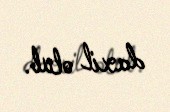
daxil olub.